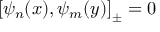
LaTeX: \left[ \psi _ { n } ( x ) , \psi _ { m } ( y ) \right] _ { \pm } = 0 \quad